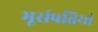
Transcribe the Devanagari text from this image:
भूसंपत्तियां